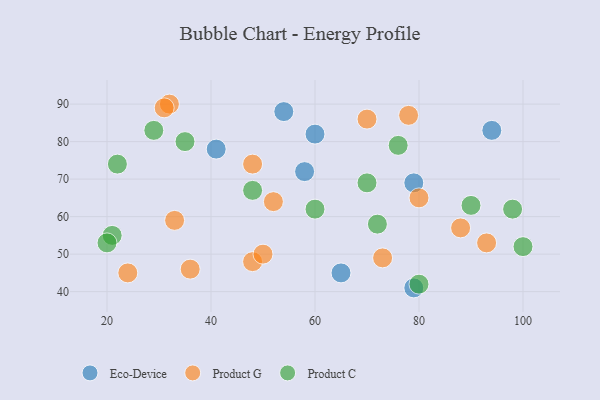
{"axis": {"x": "GDP", "y": "Life Expectancy"}, "legend": ["Eco-Device", "Product C", "Product G"], "data": [{"x": "65", "y": 45, "type": "Eco-Device"}, {"x": "79", "y": 69, "type": "Eco-Device"}, {"x": "94", "y": 83, "type": "Eco-Device"}, {"x": "79", "y": 41, "type": "Eco-Device"}, {"x": "58", "y": 72, "type": "Eco-Device"}, {"x": "54", "y": 88, "type": "Eco-Device"}, {"x": "60", "y": 82, "type": "Eco-Device"}, {"x": "41", "y": 78, "type": "Eco-Device"}, {"x": "33", "y": 59, "type": "Product G"}, {"x": "36", "y": 46, "type": "Product G"}, {"x": "32", "y": 90, "type": "Product G"}, {"x": "80", "y": 65, "type": "Product G"}, {"x": "70", "y": 86, "type": "Product G"}, {"x": "93", "y": 53, "type": "Product G"}, {"x": "52", "y": 64, "type": "Product G"}, {"x": "73", "y": 49, "type": "Product G"}, {"x": "48", "y": 48, "type": "Product G"}, {"x": "88", "y": 57, "type": "Product G"}, {"x": "24", "y": 45, "type": "Product G"}, {"x": "48", "y": 74, "type": "Product G"}, {"x": "50", "y": 50, "type": "Product G"}, {"x": "31", "y": 89, "type": "Product G"}, {"x": "78", "y": 87, "type": "Product G"}, {"x": "98", "y": 62, "type": "Product C"}, {"x": "72", "y": 58, "type": "Product C"}, {"x": "22", "y": 74, "type": "Product C"}, {"x": "29", "y": 83, "type": "Product C"}, {"x": "90", "y": 63, "type": "Product C"}, {"x": "21", "y": 55, "type": "Product C"}, {"x": "80", "y": 42, "type": "Product C"}, {"x": "76", "y": 79, "type": "Product C"}, {"x": "20", "y": 53, "type": "Product C"}, {"x": "48", "y": 67, "type": "Product C"}, {"x": "70", "y": 69, "type": "Product C"}, {"x": "100", "y": 52, "type": "Product C"}, {"x": "35", "y": 80, "type": "Product C"}, {"x": "60", "y": 62, "type": "Product C"}]}